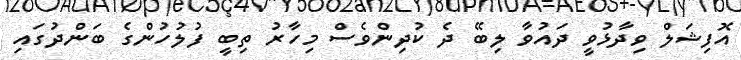
އޮފިޝަލް ވިދާޅުވީ ދައުވާ ލިބޭ ދެ ކުދިންވެސް މިހާރު ތިބީ ފުލުހުންގެ ބަންދުގައި